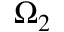
\Omega _ { 2 }